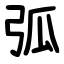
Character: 弧